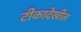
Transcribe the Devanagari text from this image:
टीकादेखील